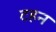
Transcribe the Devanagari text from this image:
टहन